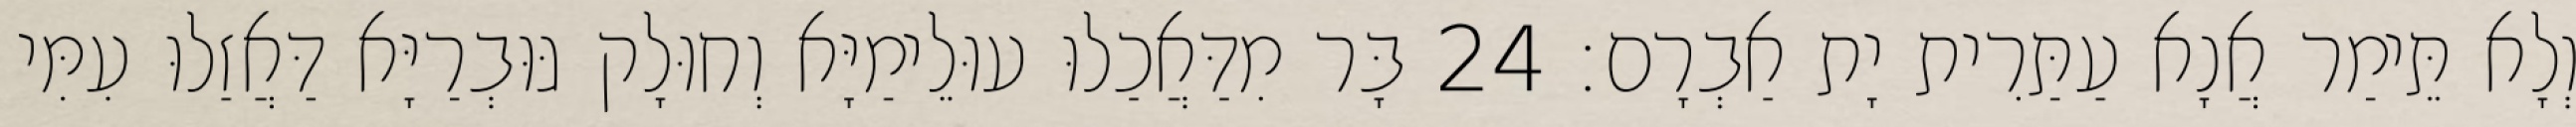
וְלָא תֵּימַר אֲנָא עַתַּרִית יָת אַבְרָם׃ 24 בָּר מִדַּאֲכַלוּ עוּלֵימַיָּא וְחוּלָק גּוּבְרַיָּא דַּאֲזַלוּ עִמִּי